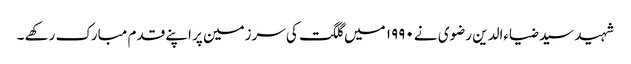
شہید سید ضیاءالدین رضوی نے ۱۹۹۰ میں گلگت کی سرزمین پر اپنے قدم مبارک رکھے ۔